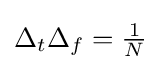
\Delta _{t}\Delta _{f}={\tfrac {1}{N}}